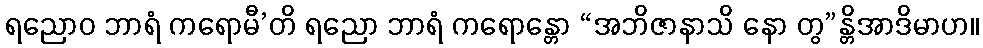
ရညောဝ ဘာရံ ကရောမီ’တိ ရညော ဘာရံ ကရောန္တော “အဘိဇာနာသိ နော တွ”န္တိအာဒိမာဟ။